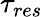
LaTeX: \tau_{res}